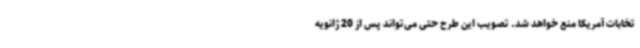
تخابات آمریکا منع خواهد شد. تصویب این طرح حتی می‌تواند پس از 20 ژانویه